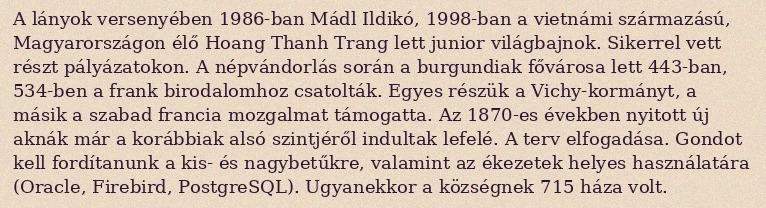
A lányok versenyében 1986-ban Mádl Ildikó, 1998-ban a vietnámi származású, Magyarországon élő Hoang Thanh Trang lett junior világbajnok. Sikerrel vett részt pályázatokon. A népvándorlás során a burgundiak fővárosa lett 443-ban, 534-ben a frank birodalomhoz csatolták. Egyes részük a Vichy-kormányt, a másik a szabad francia mozgalmat támogatta. Az 1870-es években nyitott új aknák már a korábbiak alsó szintjéről indultak lefelé. A terv elfogadása. Gondot kell fordítanunk a kis- és nagybetűkre, valamint az ékezetek helyes használatára (Oracle, Firebird, PostgreSQL). Ugyanekkor a községnek 715 háza volt.